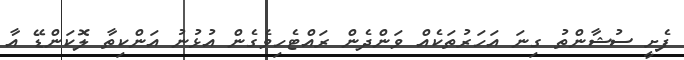
ފެށީ ސުޝާންތު ގިނަ އަހަރުތަކެއް ވަންދެން ރައްޓެހިވެގެން އުޅުނު އަންކިތާ ލޮކަންޑޭ އާ